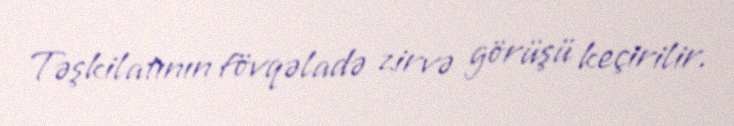
Təşkilatının fövqəladə zirvə görüşü keçirilir.